Civil Veterinary Department ledger series I-VI
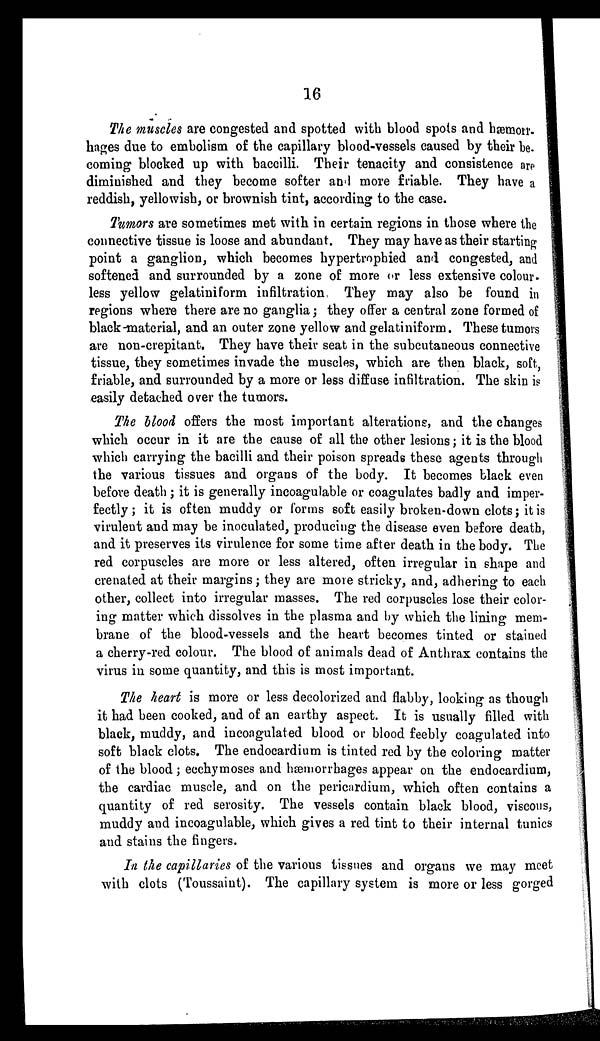
16
The muscles are congested and spotted with blood spots and hæmorr-
hages due to embolism of the capillary blood-vessels caused by their be.
coming blocked up with baccilli. Their tenacity and consistence are
diminished and they become softer and more friable. They have a
reddish, yellowish, or brownish tint, according to the case.
Tumors are sometimes met with in certain regions in those where the
connective tissue is loose and abundant. They may have as their starting
point a ganglion, which becomes hypertrophied and congested, and
softened and surrounded by a zone of more or less extensive colour-
less yellow gelatiniform infiltration, They may also be found in
regions where there are no ganglia ; they offer a central zone formed of
black-material, and an outer zone yellow and gelatiniform. These tumors
are non-crepitant. They have their seat in the subcutaneous connective
tissue, they sometimes invade the muscles, which are then black, soft,
friable, and surrounded by a more or less diffuse infiltration. The skin is
easily detached over the tumors.
The blood offers the most important alterations, and the changes
which occur in it are the cause of all the other lesions; it is the blood
which carrying the bacilli and their poison spreads these agents through
the various tissues and organs of the body. It becomes black even
before death; it is generally incoagulable or coagulates badly and imper-
fectly; it is often muddy or forms soft easily broken-down clots ; it is
virulent and may be inoculated, producing the disease even before death,
and it preserves its virulence for some time after death in the body. The
red corpuscles are more or less altered, often irregular in shape and
crenated at their margins; they are more stricky, and, adhering to each
other, collect into irregular masses. The red corpuscles lose their color-
ing matter which dissolves in the plasma and by which the lining mem-
brane of the blood-vessels and the heart becomes tinted or stained
a cherry-red colour. The blood of animals dead of Anthrax contains the
virus in some quantity, and this is most important.
The heart is more or less decolorized and flabby, looking as though
it had been cooked, and of an earthy aspect. It is usually filled with
black, muddy, and incoagulated blood or blood feebly coagulated into
soft black clots. The endocardium is tinted red by the coloring matter
of the blood ; ecchymoses and hæmorrhages appear on the endocardium,
the cardiac muscle, and on the pericardium, which often contains a
quantity of red serosity. The vessels contain black blood, viscous,
muddy and incoagulable, which gives a red tint to their internal tunics
and stains the fingers.
In the capillaries of the various tissues and organs we may meet
with clots (Toussaint). The capillary system is more or less gorged